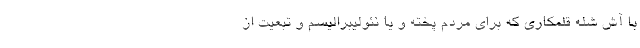
با آش شُله قلمکاری که برای مردم پخته و یا نئولیبرالیسم و تبعیت از